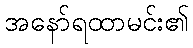
အနော်ရထာမင်း၏